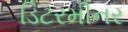
ડિટરમીનર